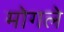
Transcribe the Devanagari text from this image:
मोगले